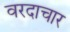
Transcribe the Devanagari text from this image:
वरदाचार